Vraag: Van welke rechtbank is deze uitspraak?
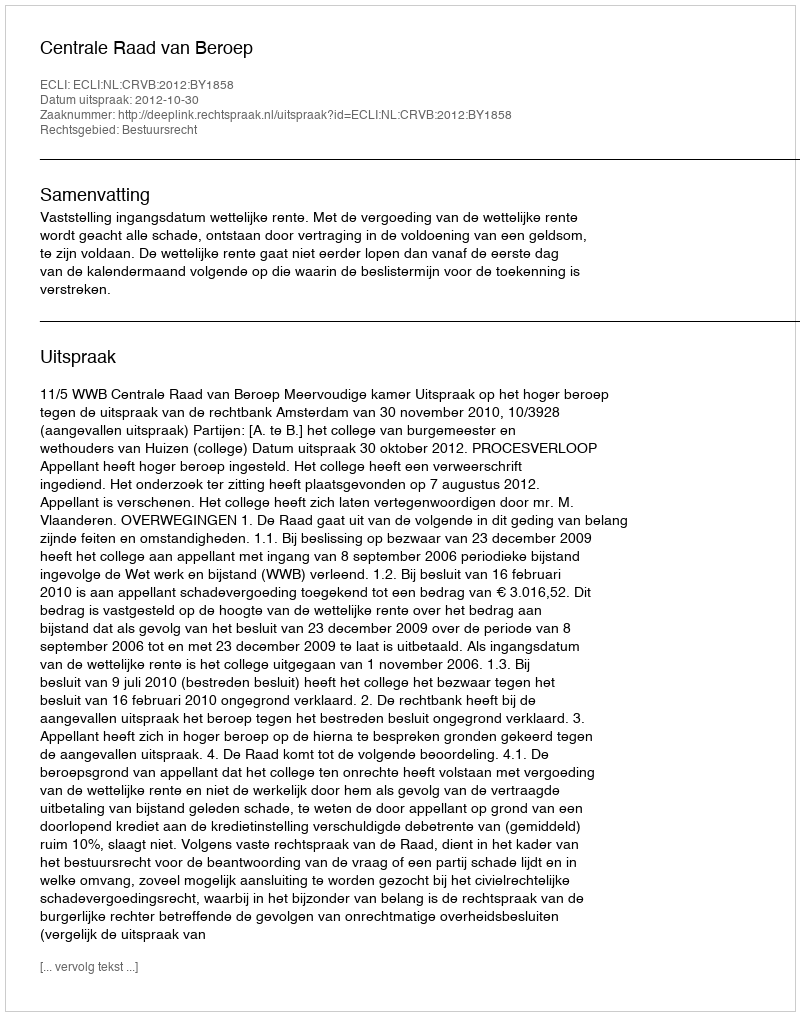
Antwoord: Centrale Raad van Beroep